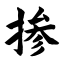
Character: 掺